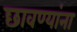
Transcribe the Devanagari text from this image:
छावण्यांना